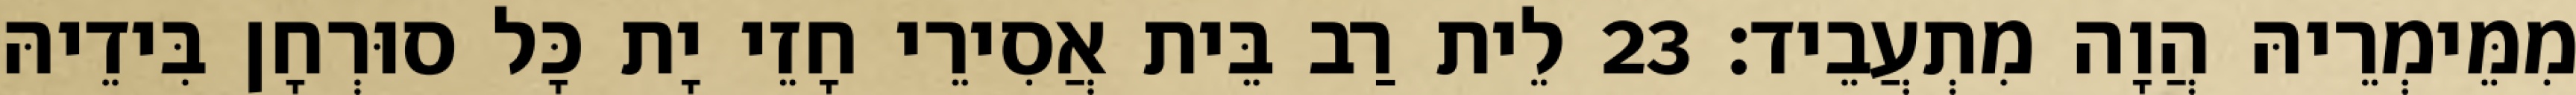
מִמֵּימְרֵיהּ הֲוָה מִתְעֲבֵיד׃ 23 לֵית רַב בֵּית אֲסִירֵי חָזֵי יָת כָּל סוּרְחָן בִּידֵיהּ